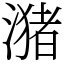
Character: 潴